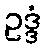
ဥဒ္ဒံ